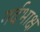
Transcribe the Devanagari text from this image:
गर्दभाक्ष